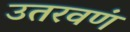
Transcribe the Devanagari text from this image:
उतरवणं